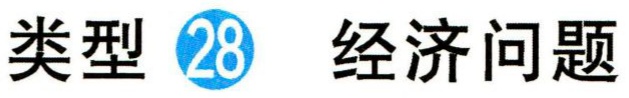
类型\fbox{28} 经济问题